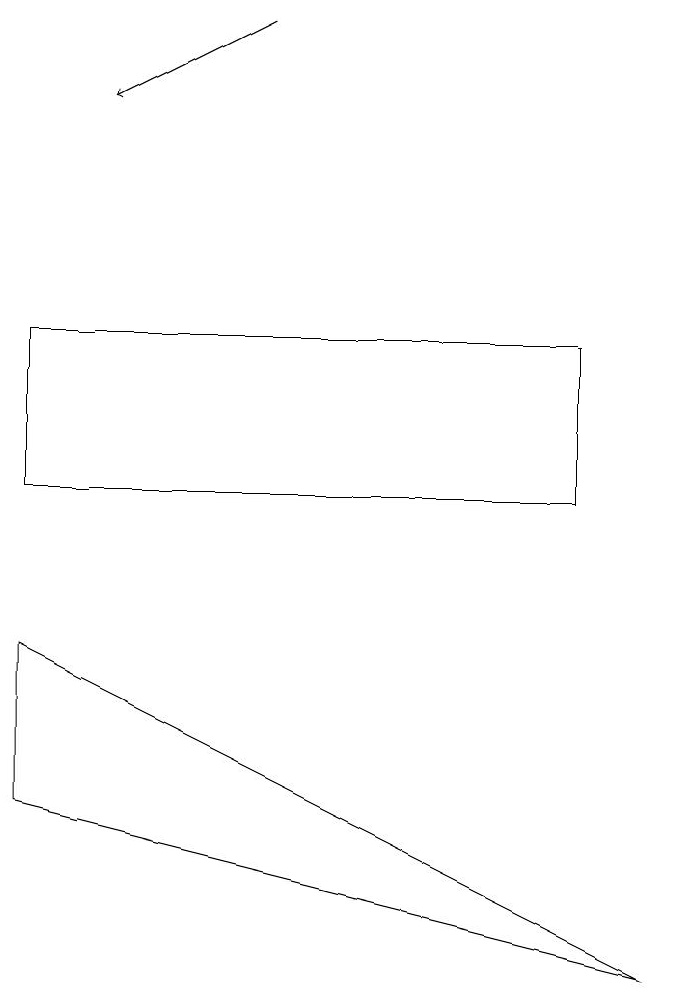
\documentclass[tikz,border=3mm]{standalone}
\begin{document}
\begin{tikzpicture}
\draw (7,13) rectangle (0,11);
\draw (0,9) -- (8,5) -- (0,7) -- cycle;
\draw[->] (3,17) -- (1,16);
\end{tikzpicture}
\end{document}